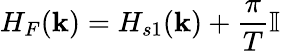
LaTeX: H_{F}({\mathbf k})=H_{s1}({\mathbf k})+\frac{\pi}{T}\mathbb{I}